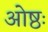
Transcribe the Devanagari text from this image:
ओष्ठः